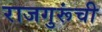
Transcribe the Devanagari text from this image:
राजगुरूंची